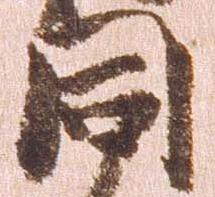
同